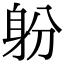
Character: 躮